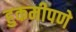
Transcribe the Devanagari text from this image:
हुकमीपणे